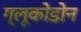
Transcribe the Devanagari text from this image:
ग्लूकोडोन